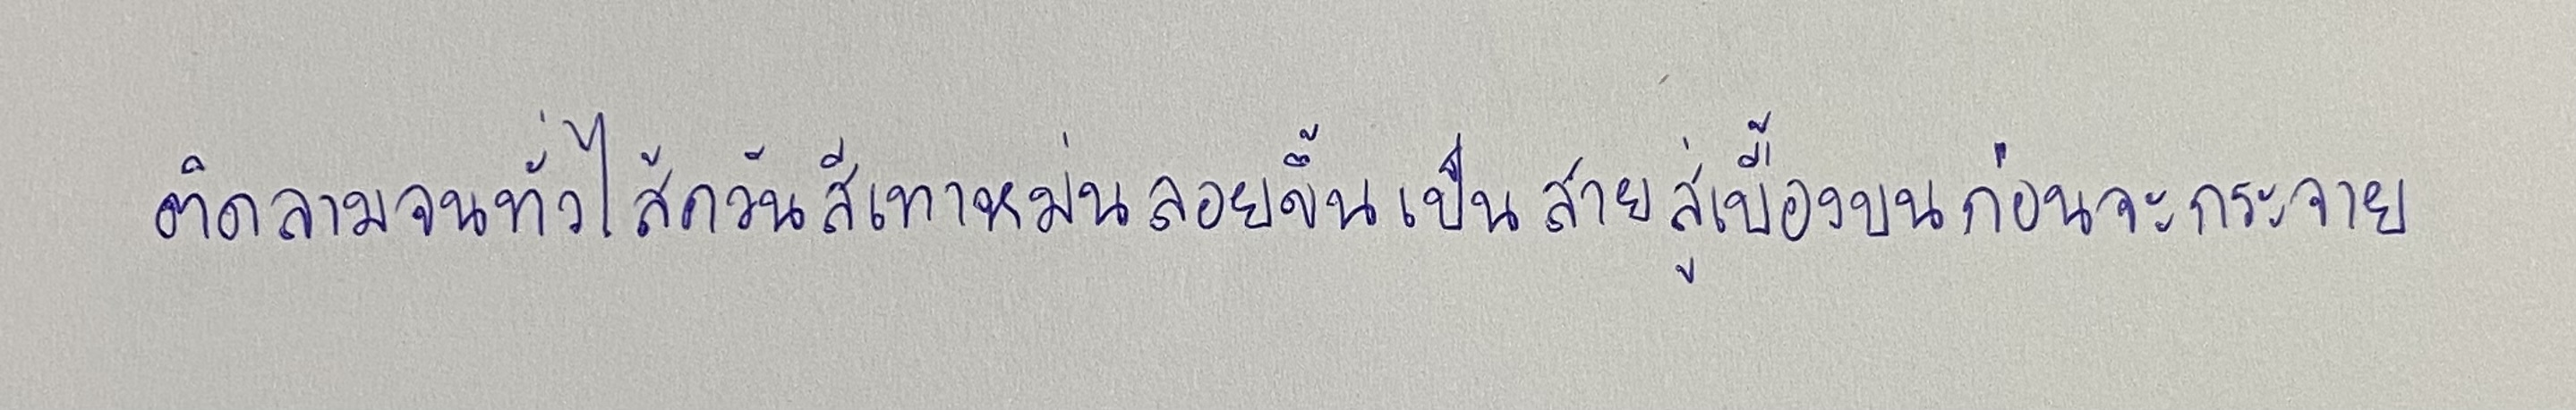
ติดลามจนทั่วไส้ควันสีเทาหม่นลอยขึ้นเป็นสายสู่เบื้องบนก่อนจะกระจาย